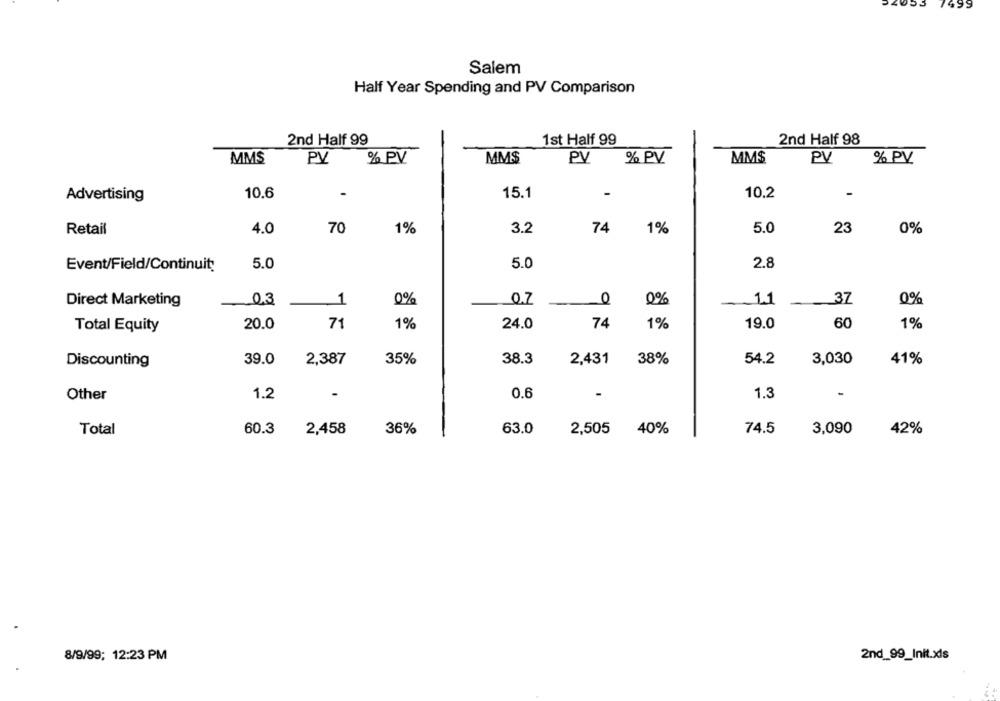
499
Salem
Half Year Spending and PV Comparison
2nd Half 99
1st Half 99
2nd Half 98
MMS
PV
% PV
MMS
PV
% PV
MM$
PV
% PV
10.6
-
15.1
-
10.2
Advertising
Retail
4.0
70
1%
3.2
74
1%
5.0
23
0%
Event/Field/Continuity
5.0
5.0
2.8
03
0%
0.7
0
0%
41
37
0%
Direct Marketing
1
71
74
60
Total Equity
20.0
1%
24.0
1%
19.0
1%
Discounting
39.0
2,387
35%
38.3
2,431
38%
54.2
3,030
41%
-
Other
1.2
0.6
1.3
Total
60.3
2,458
36%
63.0
2,505
40%
74.5
3,090
42%
8/9/99; 12:23 PM
2nd_99_Init.xls